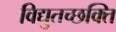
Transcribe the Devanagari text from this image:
विद्युतच्छक्ति